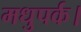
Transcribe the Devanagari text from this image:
मधुपर्क।